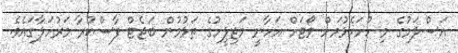
އަސްލަމުގެ މި ހުށަހެޅުމަށް ވޯޓަށް އަހާނީ މަޖިލީހުގެ ތަޅުމުން ބަޖެޓް ފާސްކުރާ މަރުހަލާގައެވެ.